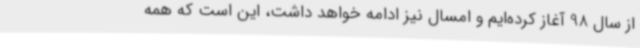
از سال 98 آغاز کرده‌ایم و امسال نیز ادامه خواهد داشت، این است که همه